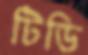
টিডি